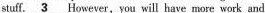
stuff. \underline{3} However, you will have more work and